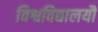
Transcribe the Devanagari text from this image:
विश्वविद्यालयौं